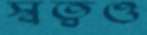
স্বত্বও